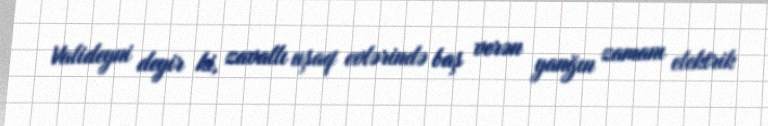
Valideyni deyir ki, zavallı uşaq evlərində baş verən yanğın zamanı elektrik